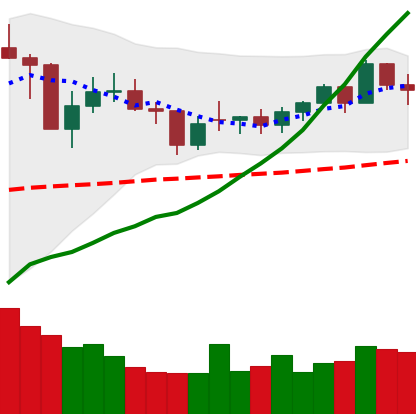
Ticker: NEO-USD
Chart end date: 2021-02-07
Forward return: 53.933%
Label: up_7plus